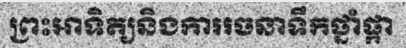
ព្រះអាទិត្យនិងការរចនាទឹកថ្នាំផ្កា